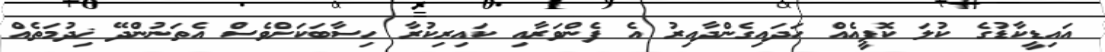
އައިޑީކާޑުގެ ކުލަ ކޮޕީއެއް ހަދައިގެންދާއިރު އެ ފެންވަރާއި ކައިރިކުރާ ހިސާބަކަށްވެސް އެތަނުންދޭ ޚިދުމަތެއް